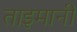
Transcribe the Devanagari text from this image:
ताइमानी